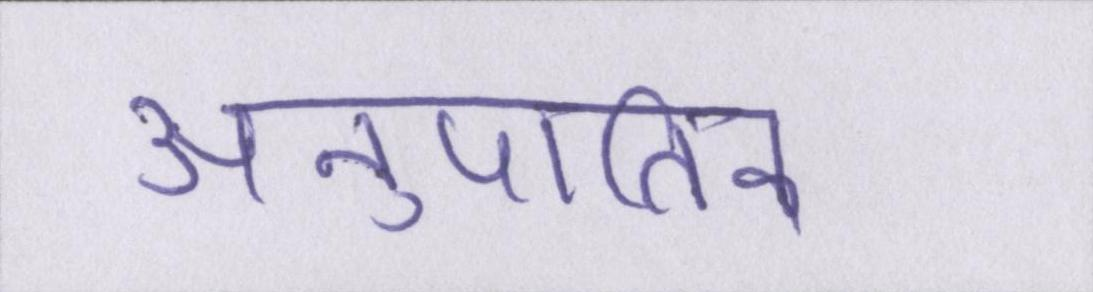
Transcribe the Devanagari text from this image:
अनुपातिक